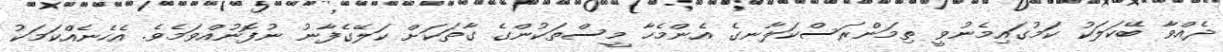
ދެއްވާ ބޭކަލަކު ކަމުގައިމެނުވީ ތިމަންރަސްކަލާނގެ އެންމެހާ މީސްތަކުންގެ ގާތަކަށް ކަލޭގެފާނު ނުފޮނުއްވަމެވެ. އެހެނެއްކަމަކު